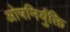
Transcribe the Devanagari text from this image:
ओषनिर्युक्ति